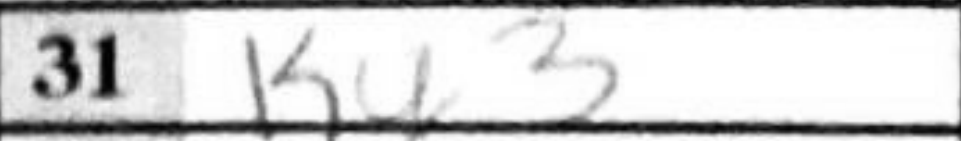
Transcription: Kg3